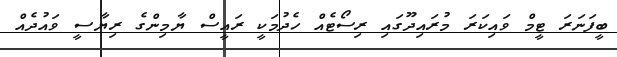
ބީފަނަރަ ޓީމް ވައިކަރަ މުރައިދޫގައި ރިސޯޓެއް ހެދުމަކީ ރައީސް ޔާމިންގެ ރިޔާސީ ވައުދެއް